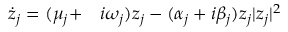
\begin{array} { r l } { \dot { z } _ { j } = ( \mu _ { j } + } & { { } i \omega _ { j } ) z _ { j } - ( \alpha _ { j } + i \beta _ { j } ) z _ { j } | z _ { j } | ^ { 2 } } \end{array}